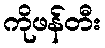
ကိုဖန်တီး